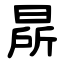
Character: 㫹